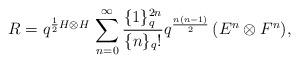
LaTeX: \begin{align*}R = q^{\frac{1}{2}H\otimes H} \, \sum_{n=0}^\infty\frac{\{1\}_q^{2n}}{\{n \}_q!} q^{\frac{n(n-1)}{2}}\,(E^n \otimes F^n), \end{align*}